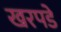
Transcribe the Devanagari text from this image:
खरपडे